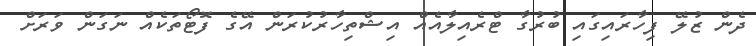
ދެން ޒުލޭ ފިހާރައިގައި ބުރުގާ ޓްރެއިލާއެއް އިޝްތިހާރުކުރަން އޭގެ ފޮޓޯތަކެއް ނަގަން ވަރަށް